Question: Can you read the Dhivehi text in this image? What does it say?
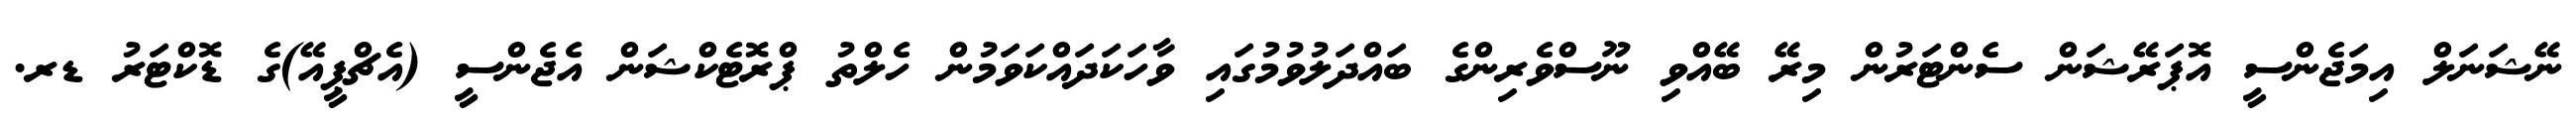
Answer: ނޭޝަނަލް އިމަޖެންސީ އޮޕަރޭޝަން ސެންޓަރުން މިރޭ ބޭއްވި ނޫސްވެރިންގެ ބައްދަލުވުމުގައި ވާހަކަދައްކަވަމުން ހެލްތު ޕްރޮޓެކްޝަން އެޖެންސީ (އެޗްޕީއޭ)ގެ ޑޮކްޓަރު ޑރ.